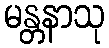
မန္တနာသု